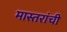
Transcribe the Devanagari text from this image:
मास्तरांची